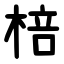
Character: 棓